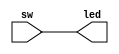
`timescale 1ns / 1ps

module led_button (
    input [3:0] sw,
    output [3:0] led
    );

    assign led = sw;

endmodule //led_button